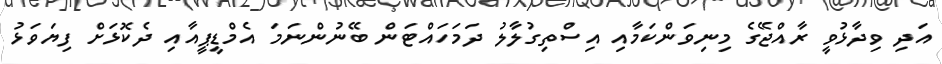
އަދި ވިދާޅުވީ ރާއްޖޭގެ މިނިވަންކަމާއި އިސްތިގުލާލު ދަމަހައްޓަން ބޭނުންނަމަ އެމްޑީޕީއާއި ދެކޮޅަށް ފިޔަވަޅު